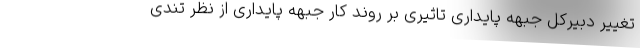
تغییر دبیرکل جبهه پایداری تاثیری بر روند کار جبهه پایداری از نظر تندی